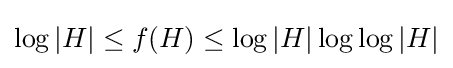
\log |H|\leq f(H)\leq \log |H|\log \log |H|